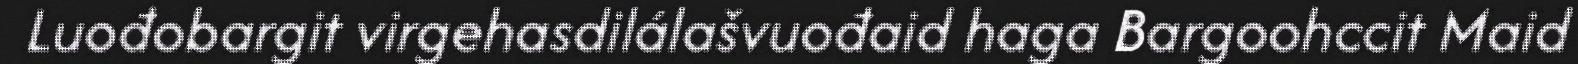
Luođobargit virgehasdilálašvuođaid haga Bargoohccit Maid